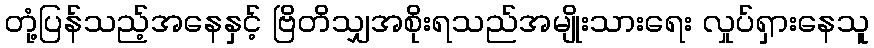
တုံ့ပြန်သည့်အနေနှင့် ဗြိတိသျှအစိုးရသည်အမျိုးသားရေး လှုပ်ရှားနေသူ